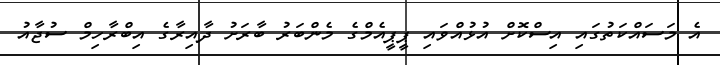
އެ މަސައްކަތުގައި އިސްކޮށް އުޅުއްވައި ޕީޕީއެމްގެ މެންބަރު ބާރަށު ދާއިރާގެ އިބްރާހިމް ސުޖާއު